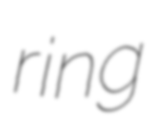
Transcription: ring